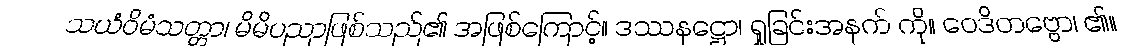
သယံဝိမံသတ္တာ၊ မိမိပညာဖြစ်သည်၏ အဖြစ်ကြောင့်။ ဒဿနဋ္ဌော၊ ရှုခြင်းအနက် ကို။ ဝေဒိတဗ္ဗော၊ ၏။